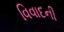
વિવાદની